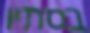
בסתיו